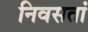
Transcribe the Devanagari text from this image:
निवसतां